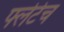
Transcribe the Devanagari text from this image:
फ्लेटेच